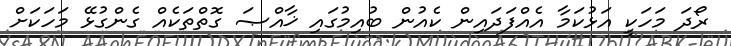
ރޯދަ މަހަކީ އަޅުކަމާ އެއްފަދައިން ކެއުން ބުއިމުގައި ޚާއްޞަ ގޮތްތަކެއް ގެންގުޅޭ މަހަކަށް